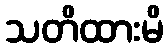
သတိထားမိ